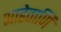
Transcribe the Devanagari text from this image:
आहेताणि